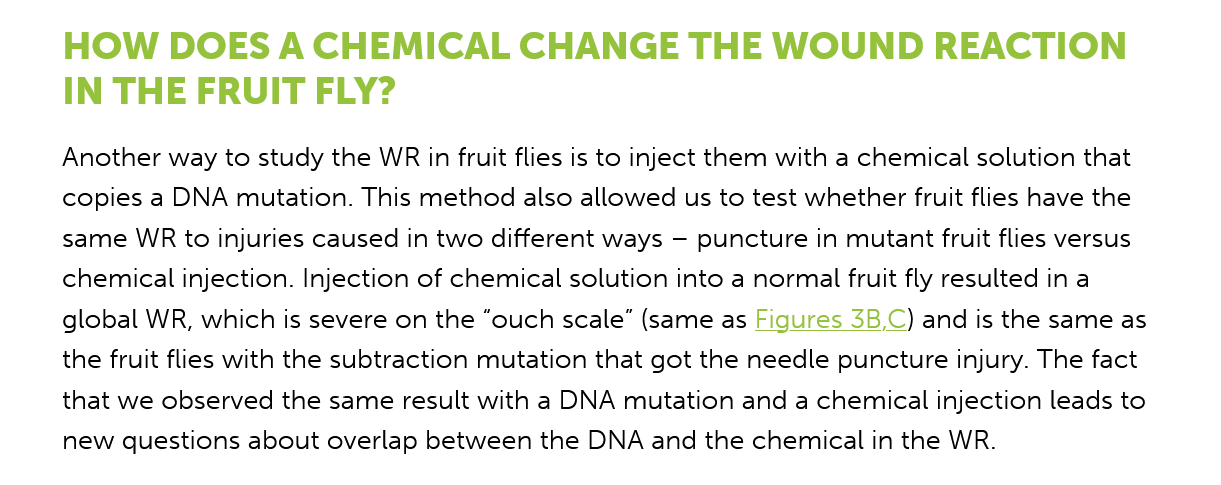
HOW    DOES    A CHEMICAL    CHANGE    THE   WOUND    REACTION
     IN  THE   FRUIT   FLY?
     Another way to study the WR in fruit flies is to inject them with a chemical solution that
     copies a DNA mutation. This method also allowed us to test whether fruit flies have the
     same WR to injuries caused in two different ways
     —
     puncture in mutant fruit flies versus
     chemical injection. Injection of chemical solution into a normal fruit fly resulted in a
     global WR, which is severe on the “ouch scale” (same as Figures 3B,C) and is the same as
     the fruit flies with the subtraction mutation that got the needle puncture injury. The fact
     that we observed the same result with a DNA mutation and a chemical injection leads to
     new questions about overlap between the DNA and the chemical in the WR.